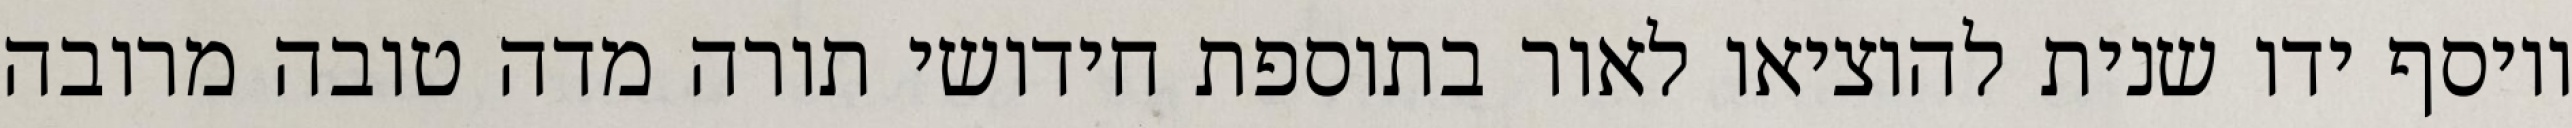
ויוסף ידו שנית להוציאו לאור בתוספת חידושי תורה מדה טובה מרובה